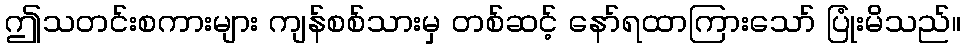
ဤသတင်းစကားများ ကျန်စစ်သားမှ တစ်ဆင့် နော်ရထာကြားသော် ပြုံးမိသည်။